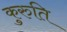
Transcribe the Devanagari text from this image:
कुरुति